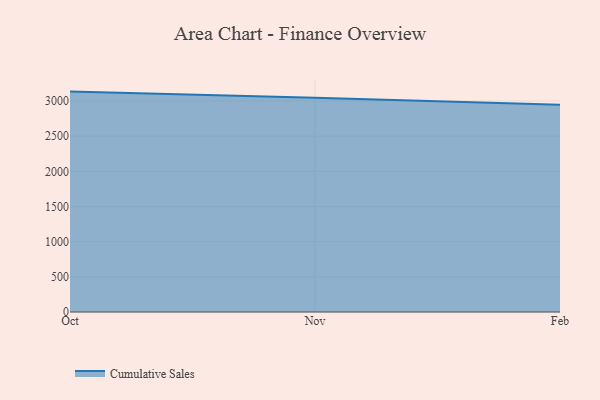
{"axis": {"x": "Month", "y": "Latency (ms)"}, "legend": ["Cumulative Sales"], "data": [{"x": "Oct", "y": 3133.2, "type": "Cumulative Sales"}, {"x": "Nov", "y": 3045.3, "type": "Cumulative Sales"}, {"x": "Feb", "y": 2944.5, "type": "Cumulative Sales"}]}